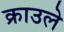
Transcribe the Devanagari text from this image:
क्राउले